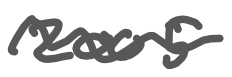
Text: 2005
Cross-out: wave
Writing tool: digital_gray